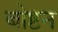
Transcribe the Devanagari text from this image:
बोष्टन